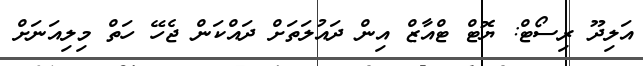
އަލިދޫ ރިސޯޓް: ޔޮޓް ޓްއާޒް އިން ދައުލަތަށް ދައްކަން ޖެހޭ ހަތް މިލިއަނަށް